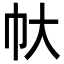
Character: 𢁖